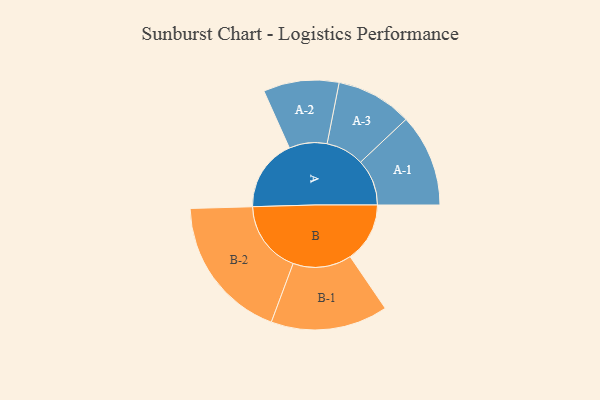
{"axis": {"x": "Segment", "y": "Value"}, "legend": ["", "A", "B"], "data": [{"x": "A", "y": 254, "type": ""}, {"x": "B", "y": 210, "type": ""}, {"x": "A-1", "y": 163, "type": "A"}, {"x": "A-2", "y": 133, "type": "A"}, {"x": "A-3", "y": 134, "type": "A"}, {"x": "B-1", "y": 206, "type": "B"}, {"x": "B-2", "y": 256, "type": "B"}]}